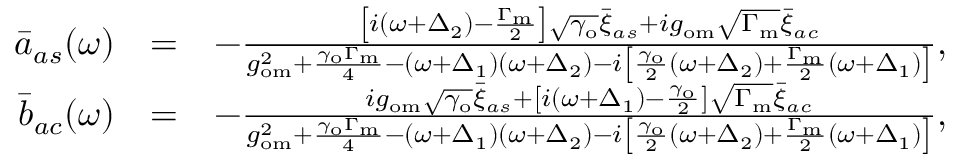
\begin{array} { r l r } { \bar { a } _ { a s } ( \omega ) } & { = } & { - \frac { \left[ i ( \omega + \Delta _ { 2 } ) - \frac { \Gamma _ { \mathrm { m } } } { 2 } \right] \sqrt { \gamma _ { \mathrm { o } } } \bar { \xi } _ { a s } + i g _ { \mathrm { o m } } \sqrt { \Gamma _ { \mathrm { m } } } \bar { \xi } _ { a c } } { g _ { \mathrm { o m } } ^ { 2 } + \frac { \gamma _ { \mathrm { o } } \Gamma _ { \mathrm { m } } } { 4 } - ( \omega + \Delta _ { 1 } ) ( \omega + \Delta _ { 2 } ) - i \left[ \frac { \gamma _ { \mathrm { o } } } { 2 } ( \omega + \Delta _ { 2 } ) + \frac { \Gamma _ { \mathrm { m } } } { 2 } ( \omega + \Delta _ { 1 } ) \right] } , } \\ { \bar { b } _ { a c } ( \omega ) } & { = } & { - \frac { i g _ { \mathrm { o m } } \sqrt { \gamma _ { \mathrm { o } } } \bar { \xi } _ { a s } + \left[ i ( \omega + \Delta _ { 1 } ) - \frac { \gamma _ { \mathrm { o } } } { 2 } \right] \sqrt { \Gamma _ { \mathrm { m } } } \bar { \xi } _ { a c } } { g _ { \mathrm { o m } } ^ { 2 } + \frac { \gamma _ { \mathrm { o } } \Gamma _ { \mathrm { m } } } { 4 } - ( \omega + \Delta _ { 1 } ) ( \omega + \Delta _ { 2 } ) - i \left[ \frac { \gamma _ { \mathrm { o } } } { 2 } ( \omega + \Delta _ { 2 } ) + \frac { \Gamma _ { \mathrm { m } } } { 2 } ( \omega + \Delta _ { 1 } ) \right] } , } \end{array}